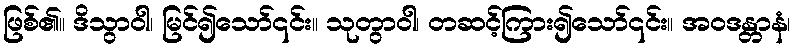
ဖြစ်၏။ ဒိသွာဝါ၊ မြင်၍သော်၎င်း။ သုတွာဝါ၊ တဆင့်ကြား၍သော်၎င်း။ အဝဒန္တာနံ၊